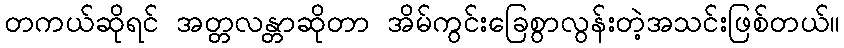
တကယ်ဆိုရင် အတ္တလန္တာဆိုတာ အိမ်ကွင်းခြေစွာလွန်းတဲ့အသင်းဖြစ်တယ်။